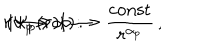
r \longrightarrow \infty : \hspace { 4 m m } | \Psi _ { p } ( { \bf r } ) | \longrightarrow \frac { \mathrm { c o n s t } } { r ^ { \alpha _ { p } } } \, , \hspace { 4 m m } ( \alpha _ { p } > 1 ) \, .